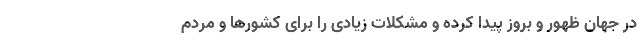
در جهان ظهور و بروز پیدا کرده و مشکلات زیادی را برای کشورها و مردم